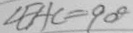
\angle E A C = 9 0 ^ { \circ }